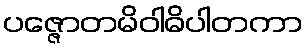
ပဇ္ဇောတမိဝါဓိပါတကာ